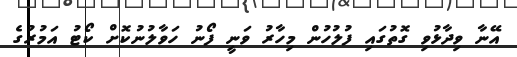
އޭނާ ވިދާޅުވި ގޮތުގައި ފުލުހުން މިހާރު ވަނީ ފޯނު ހަވާލުނުކޮށް ކޯޓު އަމުރުގެ